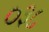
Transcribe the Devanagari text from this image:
०३८